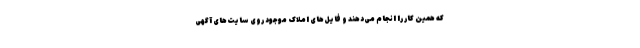
که همین کار را انجام می‌دهند و فایل‌های املاک موجود روی سایت‌های آگهی